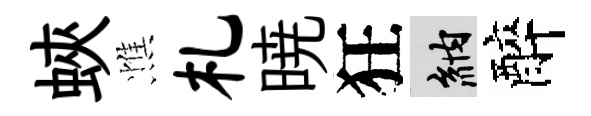
蛺憔札暁狂納醉